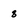
Character: 8